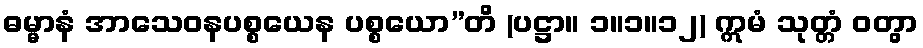
ဓမ္မာနံ အာသေဝနပစ္စယေန ပစ္စယော”တိ (ပဋ္ဌာ။ ၁။၁။၁၂) ဣမံ သုတ္တံ ဝတွာ